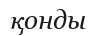
қонды